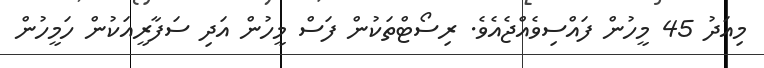
މިއަދު 45 މީހުން ފައްސިވެއްޖެއެވެ. ރިސޯޓްތަކުން ފަސް މީހުން އަދި ސަފާރީއަކުން ހަމީހުން